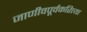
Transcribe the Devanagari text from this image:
जाणीवपूर्वकरित्या